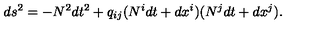
d s ^ { 2 } = - N ^ { 2 } d t ^ { 2 } + q _ { i j } ( N ^ { i } d t + d x ^ { i } ) ( N ^ { j } d t + d x ^ { j } ) .